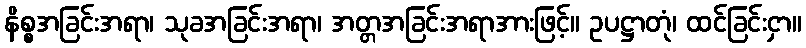
နိစ္စအခြင်းအရာ၊ သုခအခြင်းအရာ၊ အတ္တအခြင်းအရာအားဖြင့်။ ဥပဋ္ဌာတုံ၊ ထင်ခြင်းငှာ။